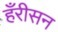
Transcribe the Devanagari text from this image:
हँरीसन